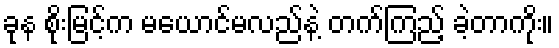
ခုန စိုးမြင့်က မယောင်မလည်နဲ့ တက်ကြည့် ခဲ့တာကိုး။